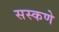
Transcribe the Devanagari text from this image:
सस्कणे